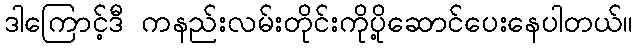
ဒါကြောင့်ဒီ ကနည်းလမ်းတိုင်းကိုပို့ဆောင်ပေးနေပါတယ်။